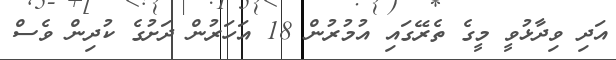
އަދި ވިދާޅުވީ މީގެ ތެރޭގައި އުމުރުން 18 އަހަރުން ދަށުގެ ކުދިން ވެސް